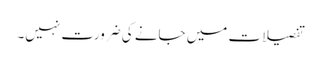
تفصیلات میں جانے کی ضرورت نہیں۔